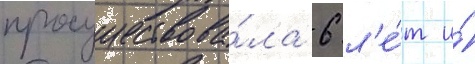
просуществова́ла 6 л'е́т и́